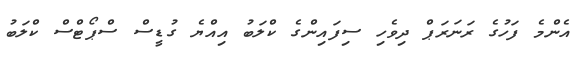
އެންމެ ފަހުގެ ރަނަރަޕް ދިވެހި ސިފައިންގެ ކްލަބު އިއްޔެ ގުޑީސް ސްޕޯޓްސް ކްލަބު